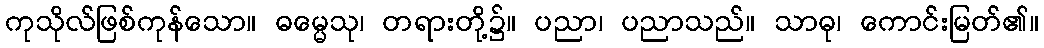
ကုသိုလ်ဖြစ်ကုန်သော။ ဓမ္မေသု၊ တရားတို့၌။ ပညာ၊ ပညာသည်။ သာဓု၊ ကောင်းမြတ်၏။